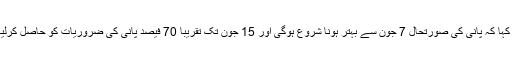
انہوں نے کہا کہ پانی کی صورتحال 7 جون سے بہتر ہونا شروع ہوگی اور 15 جون تک تقریبا 70 فیصد پانی کی ضروریات کو حاصل کرلیاجائے گا۔